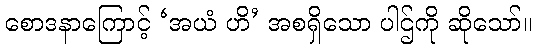
စောဒနာကြောင့် ‘အယံ ဟိ’ အစရှိသော ပါဌ်ကို ဆိုသော်။